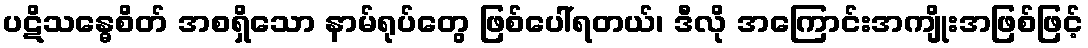
ပဋိသန္ဓေစိတ် အစရှိသော နာမ်ရုပ်တွေ ဖြစ်ပေါ်ရတယ်၊ ဒီလို အကြောင်းအကျိုးအဖြစ်ဖြင့်